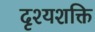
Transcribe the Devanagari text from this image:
दृश्यशक्ति